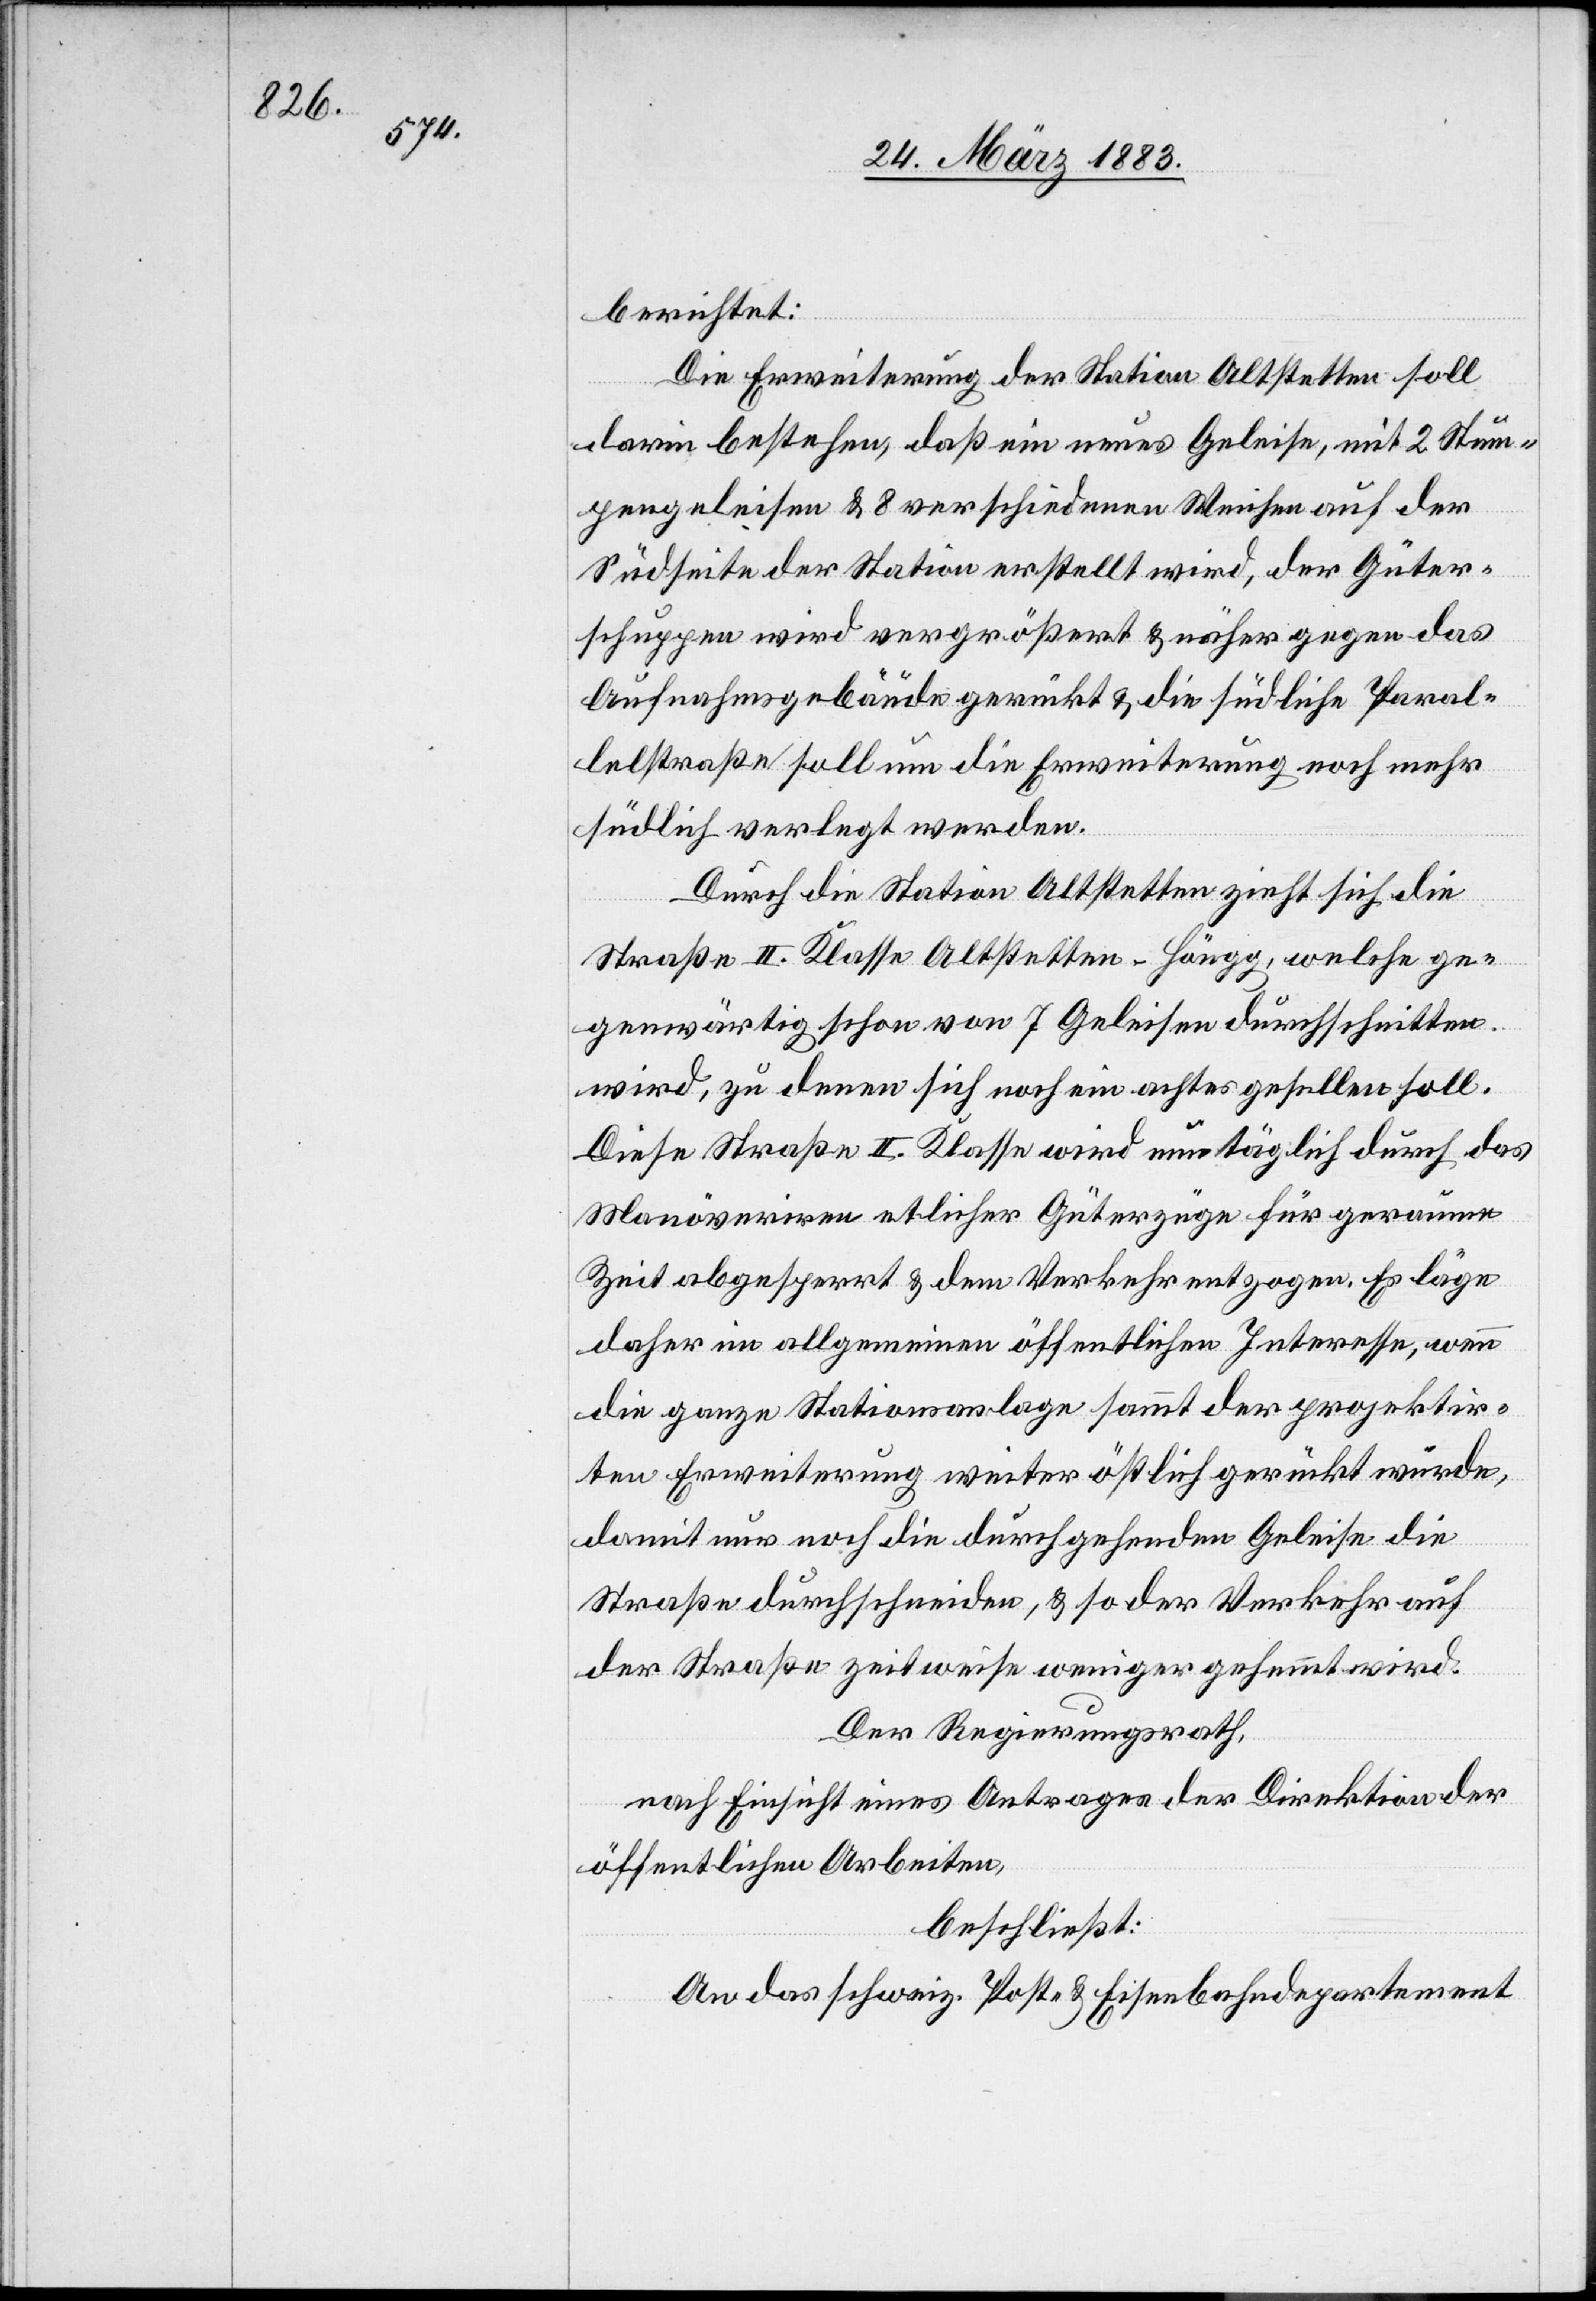
berichtet:
Die Erweiterung der Station Altstetten soll
darin bestehen, daß ein neues Geleise, mit 2 Stum¬
pengeleisen & verschiedenen Weichen auf der
Südseite der Station erstellt wird, der Güter¬
schuppen wird vergrößert & näher gegen das
Aufnahmsgebäude gerückt & die südliche Paral¬
lelstraße soll um die Erweiterung noch mehr
südlich verlegt werden.
Durch die Station Altstetten zieht sich die
Straße II. Klasse Altstetten–Höngg, welche ge¬
genwärtig schon von 7 Geleisen durchschnitten
wird, zu denen sich noch ein achtes gesellen soll.
Diese Straße II. Klasse wird nun täglich durch das
Manövriren etlicher Güterzüge für geraume
Zeit abgesperrt & dem Verkehr entzogen. Es läge
daher im allgemeinen öffentlichen Interesse, wenn
die ganze Stationsanlage sammt der projektir¬
ten Erweiterung weiter östlich gerückt würde,
damit nur noch die durchgehenden Geleise die
Straße durchschneiden, & so der Verkehr auf
der Straße zeitweise weniger gehemmt wird.
Der Regierungsrath,
nach Einsicht eines Antrages der Direktion der
öffentlichen Arbeiten,
beschließt:
An das schweiz. Post- & Eisenbahndepartement